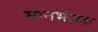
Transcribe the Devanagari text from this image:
मानभंजक